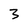
Character: 3